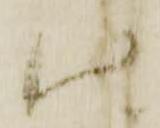
仕